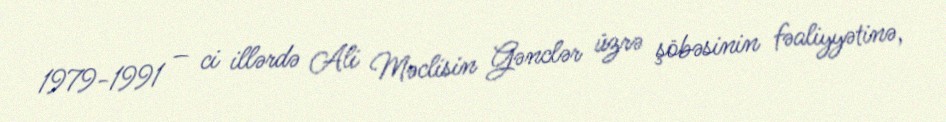
1979-1991 – ci illərdə Ali Məclisin Gənclər üzrə şöbəsinin fəaliyyətinə,